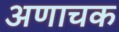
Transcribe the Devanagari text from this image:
अणाचक